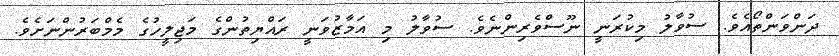
ދަންވަންތޯއެވެ. ސުވާލު މިކުރަނީ ނޫސްވެރިންނެވެ. ސުވާލު މި އަމާޒުވަނީ ރައްޔިތުންގެ މަޖިލީހުގެ މެމްބަރުންނަށެވެ.